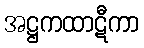
အဋ္ဌကထာဋီကာ